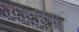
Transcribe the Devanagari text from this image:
चतुर्थात